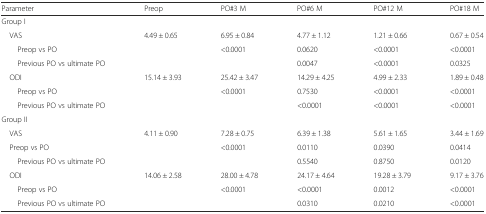
<table><thead><tr><td><b>Parameter</b></td><td><b>Preop</b></td><td><b>PO#3 M</b></td><td><b>PO#6 M</b></td><td><b>PO#12 M</b></td><td><b>PO#18 M</b></td></tr></thead><tbody><tr><td>Group I</td><td></td><td></td><td></td><td></td><td></td></tr><tr><td> VAS</td><td>4.49 ± 0.65</td><td>6.95 ± 0.84</td><td>4.77 ± 1.12</td><td>1.21 ± 0.66</td><td>0.67 ± 0.54</td></tr><tr><td>Preop vs PO</td><td></td><td>&lt;0.0001</td><td>0.0620</td><td>&lt;0.0001</td><td>&lt;0.0001</td></tr><tr><td>Previous PO vs ultimate PO</td><td></td><td></td><td>0.0047</td><td>&lt;0.0001</td><td>0.0325</td></tr><tr><td> ODI</td><td>15.14 ± 3.93</td><td>25.42 ± 3.47</td><td>14.29 ± 4.25</td><td>4.99 ± 2.33</td><td>1.89 ± 0.48</td></tr><tr><td>Preop vs PO</td><td></td><td>&lt;0.0001</td><td>0.7530</td><td>&lt;0.0001</td><td>&lt;0.0001</td></tr><tr><td>Previous PO vs ultimate PO</td><td></td><td></td><td>&lt;0.0001</td><td>&lt;0.0001</td><td>&lt;0.0001</td></tr><tr><td>Group II</td><td></td><td></td><td></td><td></td><td></td></tr><tr><td> VAS</td><td>4.11 ± 0.90</td><td>7.28 ± 0.75</td><td>6.39 ± 1.38</td><td>5.61 ± 1.65</td><td>3.44 ± 1.69</td></tr><tr><td> Preop vs PO</td><td></td><td>&lt;0.0001</td><td>0.0110</td><td>0.0390</td><td>0.0414</td></tr><tr><td>Previous PO vs ultimate PO</td><td></td><td></td><td>0.5540</td><td>0.8750</td><td>0.0120</td></tr><tr><td> ODI</td><td>14.06 ± 2.58</td><td>28.00 ± 4.78</td><td>24.17 ± 4.64</td><td>19.28 ± 3.79</td><td>9.17 ± 3.76</td></tr><tr><td>Preop vs PO</td><td></td><td>&lt;0.0001</td><td>&lt;0.0001</td><td>0.0012</td><td>&lt;0.0001</td></tr><tr><td>Previous PO vs ultimate PO</td><td></td><td></td><td>0.0310</td><td>0.0210</td><td>&lt;0.0001</td></tr></tbody></table>